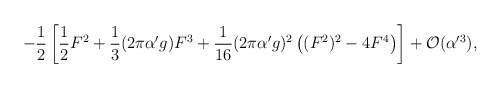
\begin{align*}-\frac{1}{2}\left[ \frac{1}{2}F^2 + \frac{1}{3} (2\pi \alpha'g) F^3 +\frac{1}{16} (2\pi\alpha'g)^2 \left( (F^2)^2 - 4 F^4 \right) \right] +{\cal O}(\alpha'^3),\end{align*}